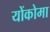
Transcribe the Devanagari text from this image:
योंकोमा